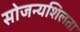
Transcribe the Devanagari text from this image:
सोजन्यशिलता